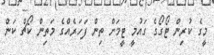
މީގެ ކުރިން ޓޯގޯގެ ގައުމީ ޓީމަށް ތިން ފަހަރެއްގެ މަތިން ކޯޗް ކަން